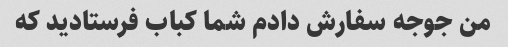
من جوجه سفارش دادم شما کباب فرستادید که